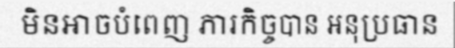
មិនអាចបំពេញ ភារកិច្ចបាន អនុប្រធាន